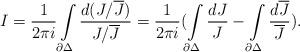
LaTeX: \begin{align*}I=\frac{1}{2 \pi i}\int\limits_{\partial \Delta}\frac{d(J/\overline J)}{J/\overline J}= \frac{1}{2 \pi i}( \int\limits_{\partial \Delta}\frac{dJ}{J}- \int\limits_{\partial \Delta}\frac{d\overline J}{\overline J}).\end{align*}